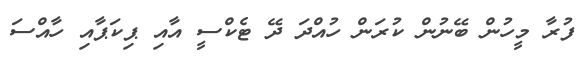
ފުރާ މީހުން ބޭނުން ކުރަން ހުއްދަ ދޭ ޓެކްސީ އާއި ޕިކަޕާއި ހާއްސަ